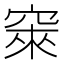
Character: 𱷅